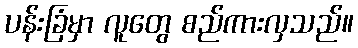
ပန်းခြံမှာ လူတွေ စည်ကားလှသည်။